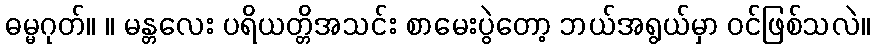
ဓမ္မဂုတ်။ ။ မန္တလေး ပရိယတ္တိအသင်း စာမေးပွဲတော့ ဘယ်အရွယ်မှာ ဝင်ဖြစ်သလဲ။